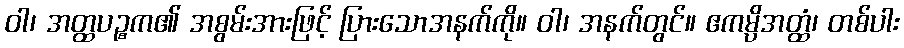
ဝါ၊ အတ္ထပဉ္စက၏ အစွမ်းအားဖြင့် ပြားသောအနက်ကို။ ဝါ၊ အနက်တွင်။ ဧကမ္ပိအတ္ထံ၊ တစ်ပါး